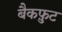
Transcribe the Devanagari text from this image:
बैकफ़ुट